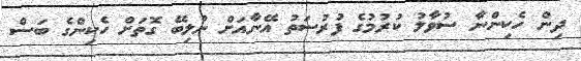
ދިން ހެކިންނާ ސުވާލު ކުރުމުގެ ފުރުސަތު އޭނާއަށް ނުލިބޭ ގޮތަށް ހެކިންގެ ބަސް